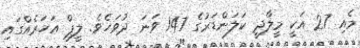
މެއި 27 އަކީ މީލާދީ ކަލަންޑަރުގެ 147 ވަނަ ދުވަހެވެ. ލީޕް އަހަރެއްގައި